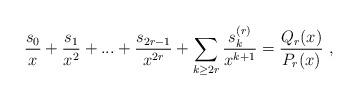
LaTeX: \begin{align*} \frac{s_{0}}{x} + \frac{s_{1}}{x^{2}} + ... + \frac{s_{2r-1}}{x^{2r}} + \sum_{k \geq 2r } \frac{ s_{k}^{(r)}}{x^{k+1}} = \frac{Q_{r} (x)}{P_{r} (x) } \ ,\end{align*}